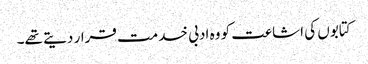
کتابوں کی اشاعت کو وہ ادبی خدمت قرار دیتے تھے۔